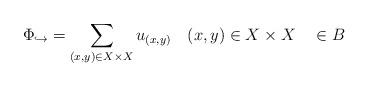
LaTeX: \begin{align*} \Phi_{\hookrightarrow} = \sum_{(x,y) \in X \times X} u_{(x,y)} ~~~(x,y) \in X \times X ~~~ \in B \end{align*}